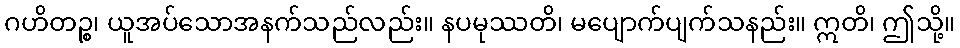
ဂဟိတဉ္စ၊ ယူအပ်သောအနက်သည်လည်း။ နပမုဿတိ၊ မပျောက်ပျက်သနည်း။ ဣတိ၊ ဤသို့။